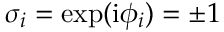
\sigma _ { i } = \exp ( \mathrm { i } \phi _ { i } ) = \pm 1